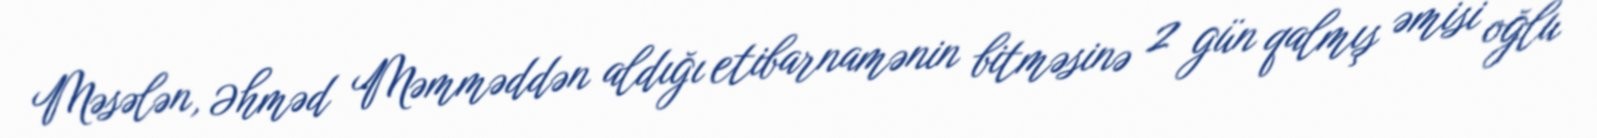
Məsələn, Əhməd Məmməddən aldığı etibarnamənin bitməsinə 2 gün qalmış əmisi oğlu